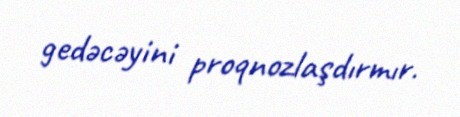
gedəcəyini proqnozlaşdırmır.